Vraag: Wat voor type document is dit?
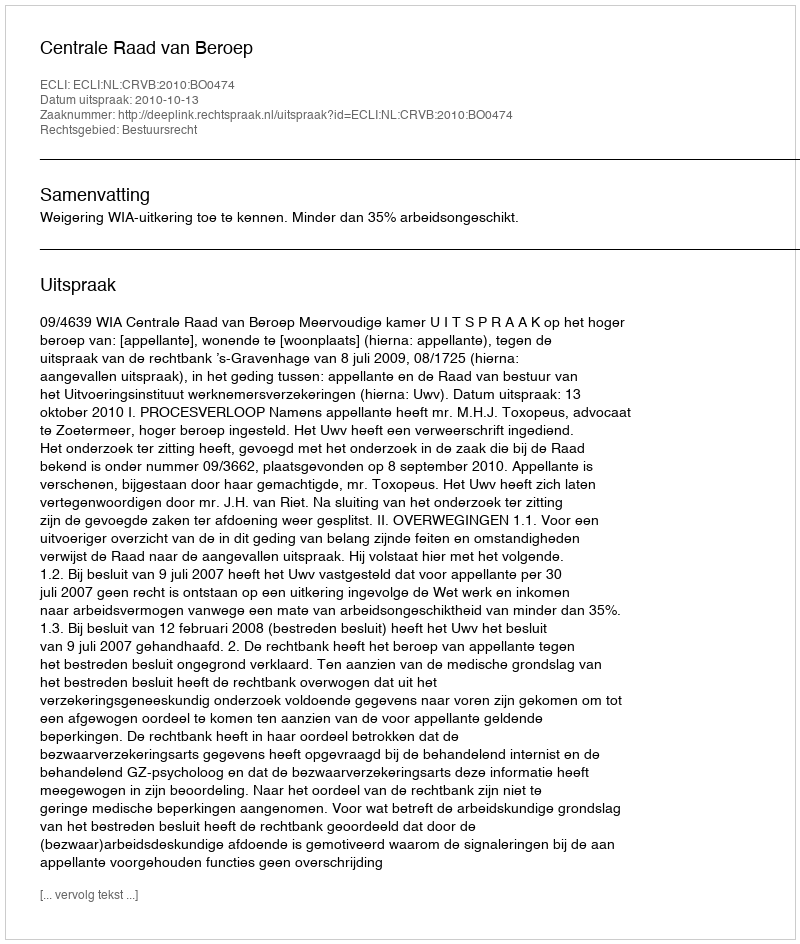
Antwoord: Uitspraak